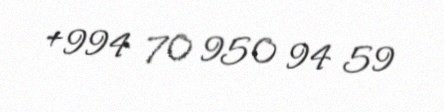
+994 70 950 94 59